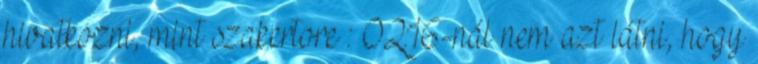
hivatkozni, mint szakertore : 02:16-nál nem azt látni, hogy